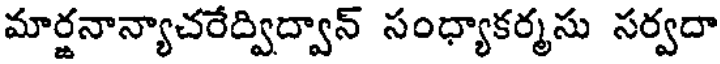
మార్జనాన్యాచరేద్విద్వాన్ సంధ్యాకర్మసు సర్వదా